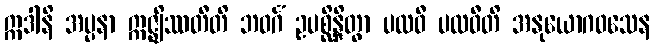
ဣဒါနိ အပ္ပနာ ဣဇ္ဈိဿတီတိ ဘဝင်္ဂံ ဥပစ္ဆိန္ဒိတွာ ပထဝီ ပထဝီတိ အနုယောဂဝသေန